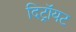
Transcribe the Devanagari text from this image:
दिट्रॉयट